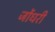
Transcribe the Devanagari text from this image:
जोंधरी